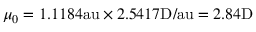
\mu _ { 0 } = 1 . 1 1 8 4 \mathrm { a u } \times 2 . 5 4 1 7 \mathrm { D } / \mathrm { a u } = 2 . 8 4 \mathrm { D }